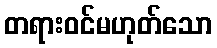
တရားဝင်မဟုတ်သော